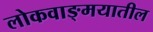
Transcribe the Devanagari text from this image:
लोकवाङ्‍मयातील